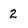
Character: 2